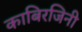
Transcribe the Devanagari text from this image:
काबिरजिनी